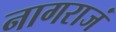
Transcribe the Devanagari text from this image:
नागराजं